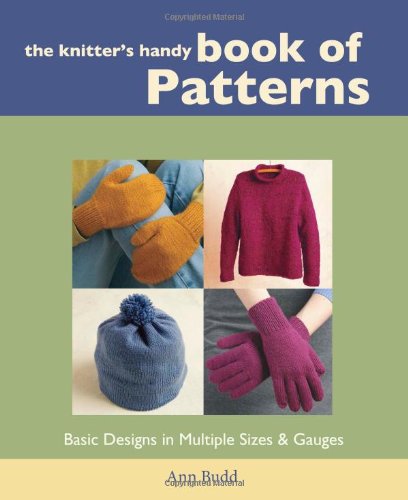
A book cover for The Knitter's Handy Book of Patterns; Ann Budd; Crafts, Hobbies & Home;